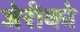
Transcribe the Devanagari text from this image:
जेरीको